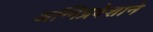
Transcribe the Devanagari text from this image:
अग्‍निप्रवेशाने